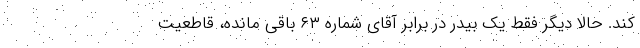
کند. حالا دیگر فقط یک بیدر در برابر آقای شماره ۶۳ باقی مانده، قاطعیت